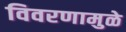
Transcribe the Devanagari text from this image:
विवरणामुळे